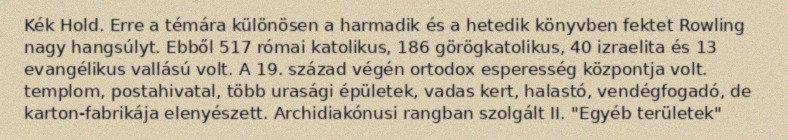
Kék Hold. Erre a témára különösen a harmadik és a hetedik könyvben fektet Rowling nagy hangsúlyt. Ebből 517 római katolikus, 186 görögkatolikus, 40 izraelita és 13 evangélikus vallású volt. A 19. század végén ortodox esperesség központja volt. templom, postahivatal, több urasági épületek, vadas kert, halastó, vendégfogadó, de karton-fabrikája elenyészett. Archidiakónusi rangban szolgált II. "Egyéb területek"